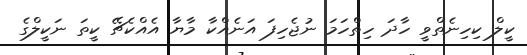
ކީލް ކިހިނެތްވީ ހާދަ ހިތްހަމަ ނުޖެހިފަ އަނެއްކާ މާޔާ އެއްކެޗޭ ކީތަ ނަކީލްގެ